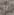
به